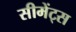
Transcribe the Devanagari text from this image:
सीमेंट्स